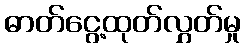
ဓာတ်ငွေ့ထုတ်လွှတ်မှု